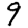
Digit: 9